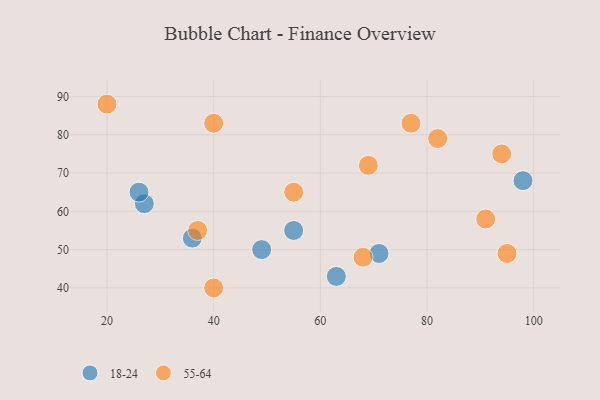
{"axis": {"x": "GDP", "y": "Life Expectancy"}, "legend": ["18-24", "55-64"], "data": [{"x": "98", "y": 68, "type": "18-24"}, {"x": "63", "y": 43, "type": "18-24"}, {"x": "36", "y": 53, "type": "18-24"}, {"x": "49", "y": 50, "type": "18-24"}, {"x": "71", "y": 49, "type": "18-24"}, {"x": "27", "y": 62, "type": "18-24"}, {"x": "26", "y": 65, "type": "18-24"}, {"x": "55", "y": 55, "type": "18-24"}, {"x": "82", "y": 79, "type": "55-64"}, {"x": "95", "y": 49, "type": "55-64"}, {"x": "55", "y": 65, "type": "55-64"}, {"x": "40", "y": 83, "type": "55-64"}, {"x": "77", "y": 83, "type": "55-64"}, {"x": "94", "y": 75, "type": "55-64"}, {"x": "69", "y": 72, "type": "55-64"}, {"x": "37", "y": 55, "type": "55-64"}, {"x": "91", "y": 58, "type": "55-64"}, {"x": "20", "y": 88, "type": "55-64"}, {"x": "68", "y": 48, "type": "55-64"}, {"x": "40", "y": 40, "type": "55-64"}]}